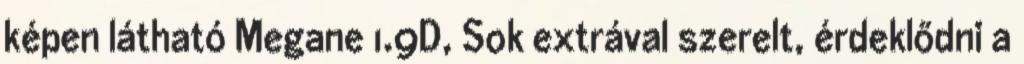
képen látható Megane 1.9D, Sok extrával szerelt, érdeklődni a